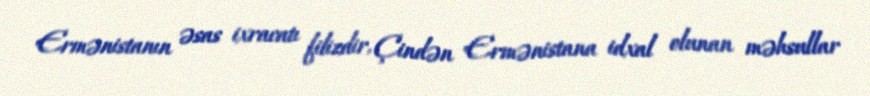
Ermənistanın əsas ixracatı filizdir, Çindən Ermənistana idxal olunan məhsullar